Rangoon Lunatic Asylum 1878-1892 - 1878-1892
Year: 1878
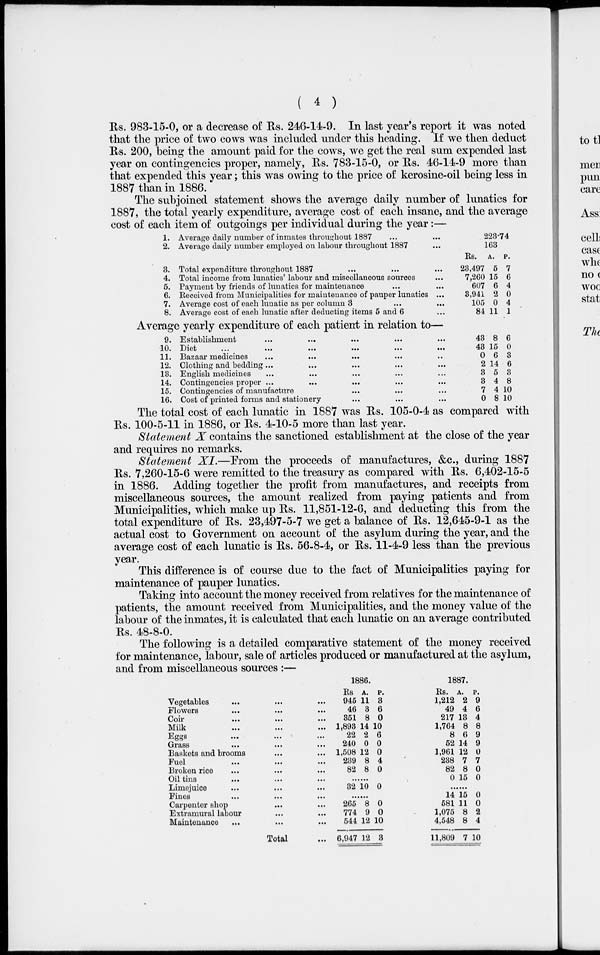
( 4 )
Rs. 983-15-0, or a decrease of Rs. 246-14-9. In last year's report it was noted
that the price of two cows was included under this heading. If we then deduct
Rs. 200, being the amount paid for the cows, we get the real sum expended last
year on contingencies proper, namely, Rs. 783-15-0, or Rs. 46-14-9 more than
that expended this year; this was owing to the price of kerosine-oil being less in
1887 than in 1886.
The subjoined statement shows the average daily number of lunatics for
1887, the total yearly expenditure, average cost of each insane, and the average
cost of each item of outgoings per individual during the year:—
1.
2.
3.
4.
5.
6.
7.
8.
Average daily number of inmates throughout 1887 ...
Average daily number employed on labour throughout 1887
Total expenditure throughout 1887 ... ... ...
Total income from lunatics' labour and miscellaneous sources
Payment by friends of lunatics for maintenance ... ... ...
Received from Municipalities for maintenance of pauper lunatics ...
Average cost of each lunatic as per column 3 ... ... ...
Average cost of each lunatic after deducting items 5 and 6
223.74
163
Rs.
23,497
7,260
607
3,941
105
84
A.
5
15
6
2
0
11
P.
7
6
4
0
4
1
Average yearly expenditure of each patient in relation to—
9.
10.
11.
12.
13.
14.
15.
16.
Establishment ... ... ...
Diet
...
...
...
...
...
...
Bazaar medicines ... ... ...
Clothing and bedding ... ... ...
English medicines ... ... ...
Contingencies proper ... ... ...
Contingencies of manufacture ... ... ...
Cost of printed forms and stationery ... ... ...
43
43
0
2
3
3
7
0
8
15
6
14
5
4
4
8
6
0
3
6
3
8
10
10
The total cost of each lunatic in 1887 was Rs. 105-0-4 as compared with
Rs. 100-5-11 in 1886, or Rs. 4-10-5 more than last year.
Statement X contains the sanctioned establishment at the close of the year
and requires no remarks.
Statement XI.—From the proceeds of manufactures, &c., during 1887
Rs. 7,260-15-6 were remitted to the treasury as compared with Rs. 6,402-15-5
in 1886. Adding together the profit from manufactures, and receipts from
miscellaneous sources, the amount realized from paying patients and from
Municipalities, which make up Rs. 11,851-12-6, and deducting this from the
total expenditure of Rs. 23,497-5-7 we get a balance of Rs. 12,645-9-1 as the
actual cost to Government on account of the asylum during the year, and the
average cost of each lunatic is Rs. 56-8-4, or Rs. 11-4-9 less than the previous
year.
This difference is of course due to the fact of Municipalities paying for
maintenance of pauper lunatics.
Taking into account the money received from relatives for the maintenance of
patients, the amount received from Municipalities, and the money value of the
labour of the inmates, it is calculated that each lunatic on an average contributed
Rs. 48-8-0.
The following is a detailed comparative statement of the money received
for maintenance, labour, sale of articles produced or manufactured at the asylum,
and from miscellaneous sources :—
Vegetables ... ... ...
Flowers ... ... ...
Coir ... ... ...
Milk ... ... ...
Eggs ... ... ...
Grass
...
...
...
Baskets and brooms ... ...
Fuel ... ... ...
Broken rice ... ... ...
Oil tins ... ... ...
Limejuice ... ... ...
Fines ... ... ...
Carpenter shop ... ... ...
Extramural labour ... ... ...
Maintenance ... ... ...
Total ...
1886.
Rs
945
46
351
1,893
22
240
1,508
239
82
A.
11
3
8
14
2
0
12
8
8
P.
3
6
0
10
6
0
0
4
0
......
32 10 0
......
265
774
544
6,947
8
9
12
12
0
0
10
3
1887.
Rs.
1,212
49
217
1,764
8
52
1,961
238
82
0
A.
2
4
13
8
6
14
12
7
8
15
P.
9
6
4
8
9
9
0
7
0
0
......
14
581
1,075
4,548
11,809
15
11
8
8
7
0
0
2
4
10